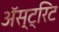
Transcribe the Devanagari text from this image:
अॅस्ट्रिट